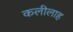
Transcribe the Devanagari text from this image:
कलीलाह